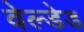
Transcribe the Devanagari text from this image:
वेल्डेड